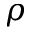
\rho